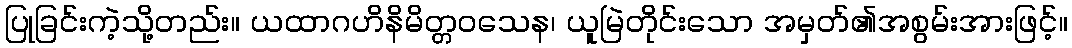
ပြုခြင်းကဲ့သို့တည်း။ ယထာဂဟိနိမိတ္တဝသေန၊ ယူမြဲတိုင်းသော အမှတ်၏အစွမ်းအားဖြင့်။